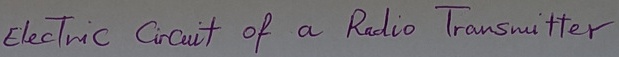
Text: Electric Circuit of a Radio Transmitter